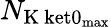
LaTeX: N_{\mathrm{K\ ket{0}_{\mathrm{max}}}}